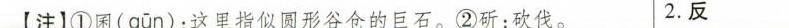
【注1①困( qūn )：这里指似圆形谷仓的巨石。②斫：砍伐。2.反